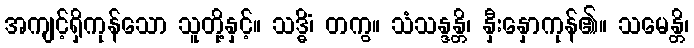
အကျင့်ရှိကုန်သော သူတို့နှင့်။ သဒ္ဓိံ၊ တကွ။ သံသန္ဒန္တိ၊ နှီးနှောကုန်၏။ သမေန္တိ၊